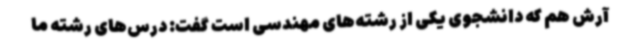
آرش هم که دانشجوی یکی از رشته‌های مهندسی است گفت: درس‌های رشته ما